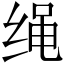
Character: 绳